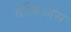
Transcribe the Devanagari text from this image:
वेंजिआंस